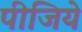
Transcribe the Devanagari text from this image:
पीजिये